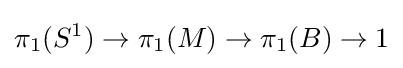
\pi _{1}(S^{1})\rightarrow \pi _{1}(M)\rightarrow \pi _{1}(B)\rightarrow 1